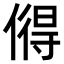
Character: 𫣓